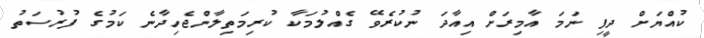
ކުއްޔަށް ދީފި ނަމަ އާމިރަށް އިއާދަ ނުކުރެވޭ ގެއްލުމަކާ ކުރިމަތިލާންޖެހިދާނެ ކަމުގެ ފުރުސަތު